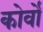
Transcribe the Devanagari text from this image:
कोर्वो